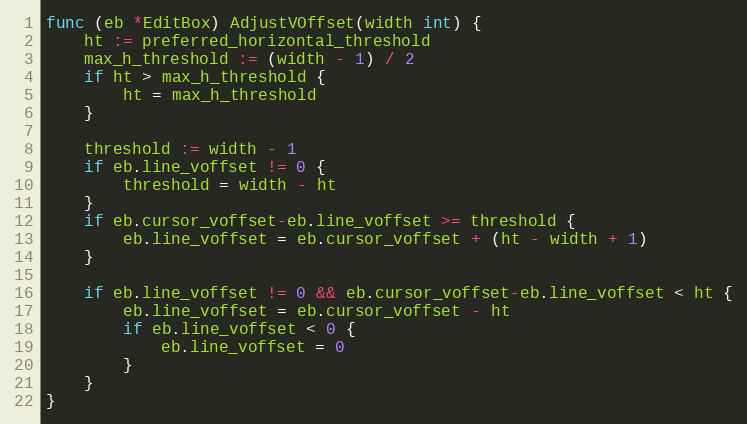
Language: Go
func (eb *EditBox) AdjustVOffset(width int) {
	ht := preferred_horizontal_threshold
	max_h_threshold := (width - 1) / 2
	if ht > max_h_threshold {
		ht = max_h_threshold
	}

	threshold := width - 1
	if eb.line_voffset != 0 {
		threshold = width - ht
	}
	if eb.cursor_voffset-eb.line_voffset >= threshold {
		eb.line_voffset = eb.cursor_voffset + (ht - width + 1)
	}

	if eb.line_voffset != 0 && eb.cursor_voffset-eb.line_voffset < ht {
		eb.line_voffset = eb.cursor_voffset - ht
		if eb.line_voffset < 0 {
			eb.line_voffset = 0
		}
	}
}